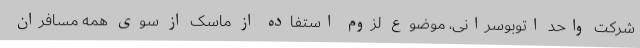
شرکت واحد اتوبوسرانی، موضوع لزوم استفاده از ماسک از سوی همه مسافران